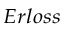
{ _ { E r l o s s } }